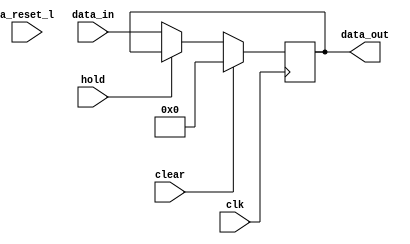
// Company           :   tud                      
//                    			
// Project Name      :   prz    
// Subproject Name   :   main    
// Description       :   <short description>            
//
// Last Change       :   $Date: 2021-03-11 17:39:50 +0100 (Thu, 11 Mar 2021) $
// by                :   $Author: vepr19 $                  			
//------------------------------------------------------------
`timescale 1ns/10ps
module flip_flops #(parameter N=32)(
	input		clk,
	input		a_reset_l,
	input 		clear,
	input 		hold,
	input 	[N-1:0]	data_in,
	output	reg [N-1:0]	data_out
);

	wire zero =1'b0;

	always@(posedge clk) begin

		if(clear)begin
			data_out <= {N{zero}};  
		end
		else if(!hold)begin
			data_out <= data_in;
		end 
			

	end

endmodule